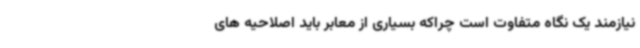
نیازمند یک نگاه متفاوت است چراکه بسیاری از معابر باید اصلاحیه های